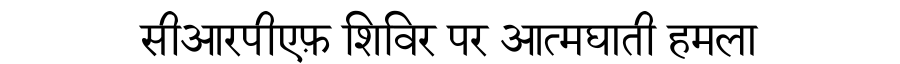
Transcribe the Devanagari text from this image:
सीआरपीएफ़ शिविर पर आत्मघाती हमला